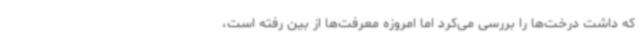
که داشت درخت‌ها را بررسی می‌کرد اما امروزه معرفت‌ها از بین رفته است،